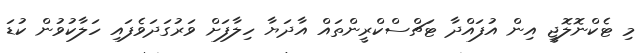
މި ޓެކްނޮލޮޖީ އިން އުފައްދާ ޓަޗްސްކްރީންތައް އާދަޔާ ހިލާފަށް ވަރުގަދަވެފައި ހަލާކުވުން ކުޑަ